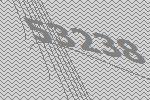
53238